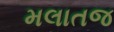
મલાતજ